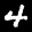
Label: 4